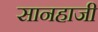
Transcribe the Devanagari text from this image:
सानहाजी